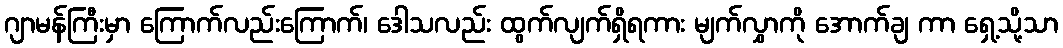
ဂျာမန်ကြီးမှာ ကြောက်လည်းကြောက်၊ ဒေါသလည်း ထွက်လျက်ရှိရကား မျက်လွှာကို အောက်ချ ကာ ရှေ့သို့သာ